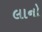
લાનો